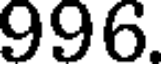
996.